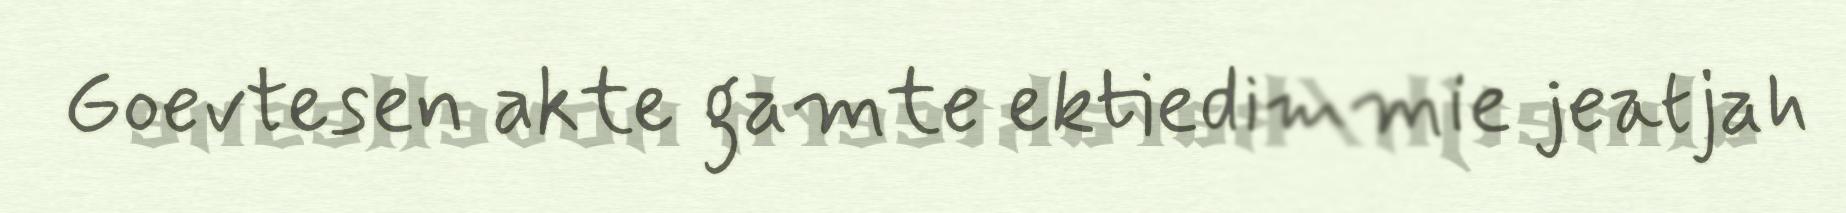
Goevtesen akte gamte ektiedimmie jeatjah